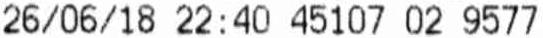
26/06/18 22:40 45107 02 9577